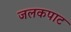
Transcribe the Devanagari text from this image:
जलकपाट